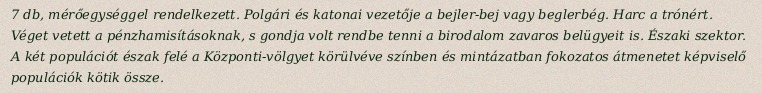
7 db, mérőegységgel rendelkezett. Polgári és katonai vezetője a bejler-bej vagy beglerbég. Harc a trónért. Véget vetett a pénzhamisításoknak, s gondja volt rendbe tenni a birodalom zavaros belügyeit is. Északi szektor. A két populációt észak felé a Központi-völgyet körülvéve színben és mintázatban fokozatos átmenetet képviselő populációk kötik össze.